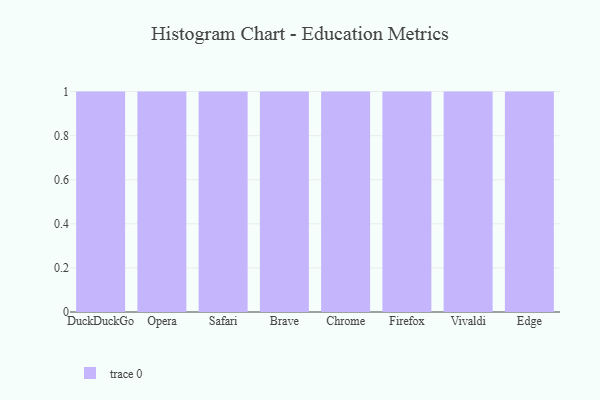
{"axis": {"x": "Browser", "y": "Bounce Rate (%)"}, "legend": [""], "data": [{"x": "DuckDuckGo", "y": 87, "type": ""}, {"x": "Opera", "y": 2, "type": ""}, {"x": "Safari", "y": 38, "type": ""}, {"x": "Brave", "y": 80, "type": ""}, {"x": "Chrome", "y": 67, "type": ""}, {"x": "Firefox", "y": 68, "type": ""}, {"x": "Vivaldi", "y": 91, "type": ""}, {"x": "Edge", "y": 16, "type": ""}]}